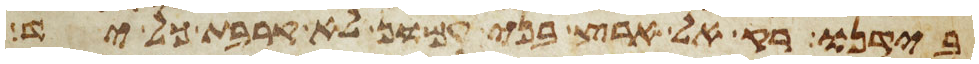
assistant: בידנו רק אל ארץ בני עמון לא קרבת כל יד